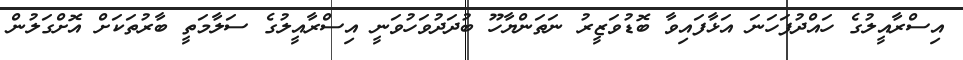
އިސްރާއީލުގެ ހައްދުފަހަނަ އަޅާފައިވާ ބޮޑުވަޒީރު ނަތަންޔާހޫ ބުދަދުވަހުވަނީ އިސްރާއީލުގެ ސަލާމަތީ ބާރުތަކަށް އޮށްގަލުން